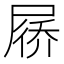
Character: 𪨗